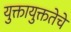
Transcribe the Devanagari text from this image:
युक्तायुक्ततेचे